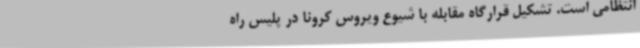
انتظامی است. تشکیل قرارگاه مقابله با شیوع ویروس کرونا در پلیس راه